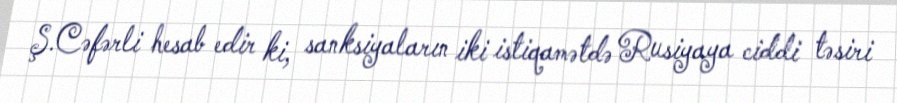
Ş.Cəfərli hesab edir ki, sanksiyaların iki istiqamətdə Rusiyaya ciddi təsiri